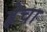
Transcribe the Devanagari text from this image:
हेचा